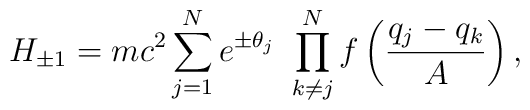
H_{\pm1} = mc^2\sum_{j=1}^N e^{\pm \theta_j}\ \prod^N_{k\not= j}f\left(\frac{q_j-q_k}{A}\right),